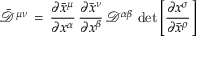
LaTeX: { \bar { \mathcal { D } } } ^ { \mu \nu } \, = \, { \frac { \partial { \bar { x } } ^ { \mu } } { \partial x ^ { \alpha } } } \, { \frac { \partial { \bar { x } } ^ { \nu } } { \partial x ^ { \beta } } } \, { \mathcal { D } } ^ { \alpha \beta } \, \operatorname* { d e t } \left[ { \frac { \partial x ^ { \sigma } } { \partial { \bar { x } } ^ { \rho } } } \right]